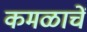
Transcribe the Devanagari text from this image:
कमळाचें